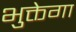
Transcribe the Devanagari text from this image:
भुक्तेगा